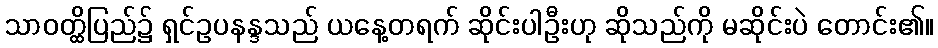
သာဝတ္ထိပြည်၌ ရှင်ဥပနန္ဒသည် ယနေ့တရက် ဆိုင်းပါဦးဟု ဆိုသည်ကို မဆိုင်းပဲ တောင်း၏။